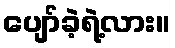
ပျော်ခဲ့ရဲ့လား။